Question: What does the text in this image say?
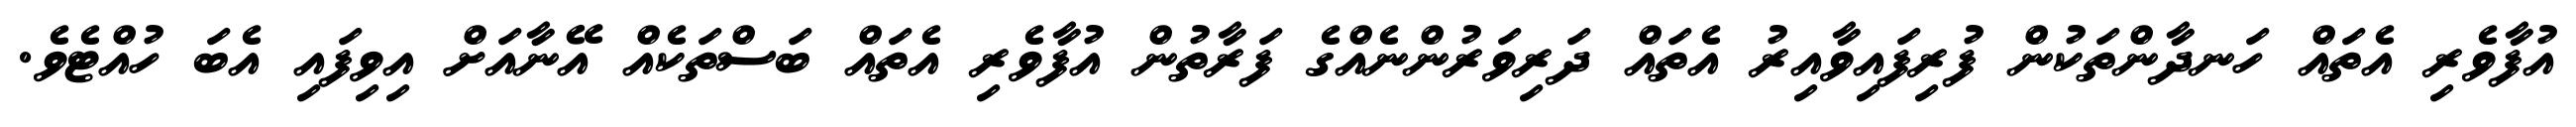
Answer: އުފާވެރި އެތައް ހަނދާންތަކުން ފުރިފައިވާއިރު އެތައް ދަރިވަރުންނެއްގެ ފަރާތުން އުފާވެރި އެތައް ބަސްތަކެއް އޭނާއަށް އިވިފައި އެބަ ހުއްޓެވެ.